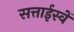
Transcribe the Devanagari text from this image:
सत्ताईस्वें